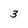
Character: 3